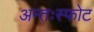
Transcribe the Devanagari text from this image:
अन्तःस्फोट